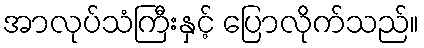
အာလုပ်သံကြီးနှင့် ပြောလိုက်သည်။